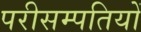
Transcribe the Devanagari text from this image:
परीसम्पतियों